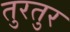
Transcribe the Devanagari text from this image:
तुरतुर